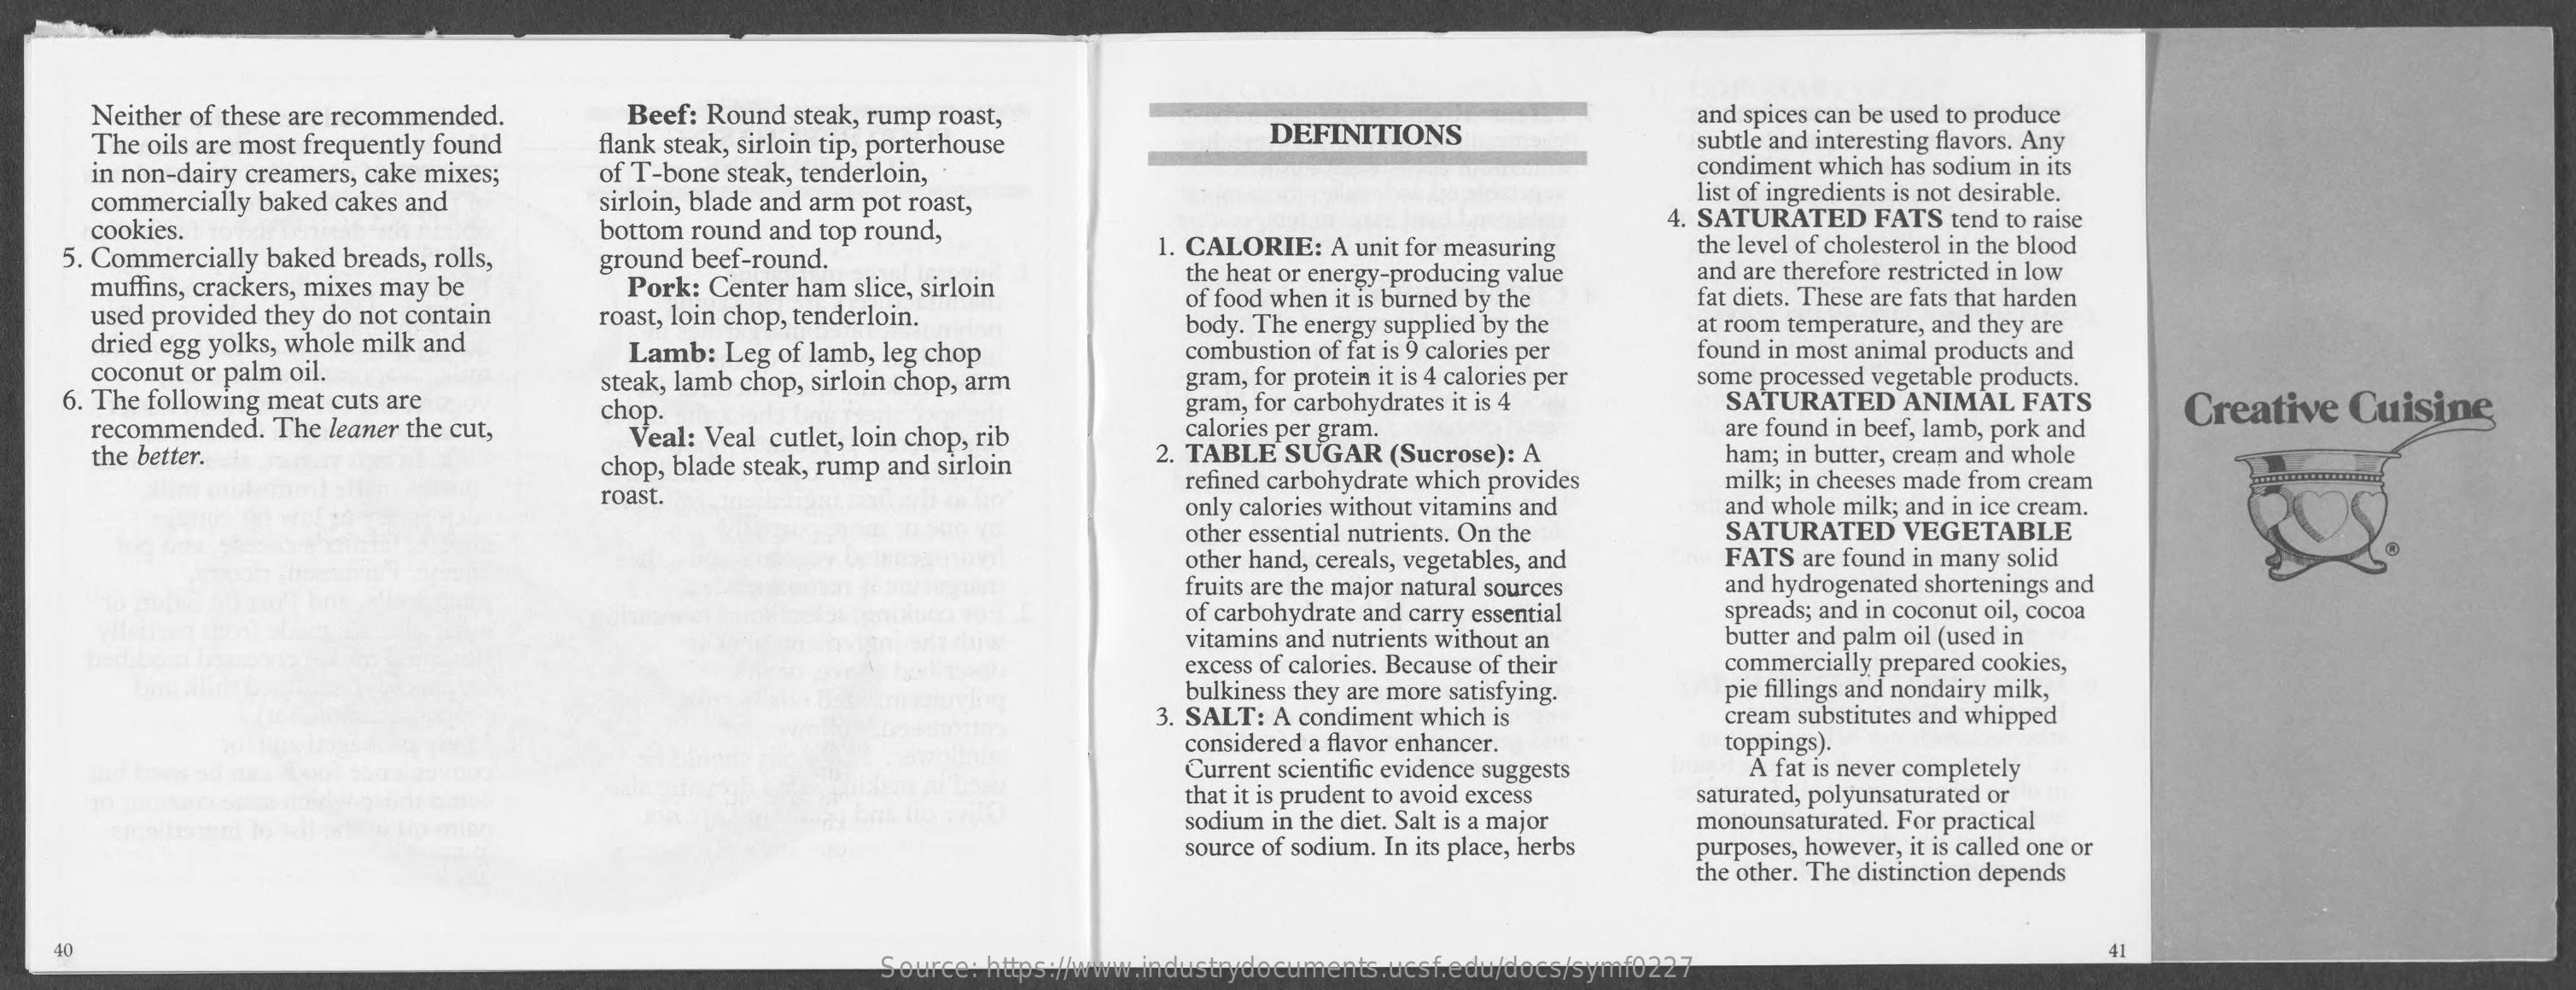
Neither of these are recommended. Beef: Round steak, rump roast,
     flank steak, sirloin tip, porterhouse DEFINITIONS
     and spices can be used to produce
    The oils are most frequently found    subtle and interesting flavors. Any
    in non-dairy creamers, cake mixes; of T-bone steak, tenderloin,    condiment which has sodium in its
    commercially baked cakes and sirloin, blade and arm pot roast,    list of ingredients is not desirable.
    cookies.
     4. SATURATED FATS tend to raise
   5. Commercially baked breads, rolls,
     bottom round and top round,
     ground beef-round.    1. CALORIE: A unit for measuring the level of cholesterol in the blood
    muffins, crackers, mixes may be
     the heat or energy-producing value
    used provided they do not contain
     Pork: Center ham slice, sirloin
     and are therefore restricted in low
    dried egg yolks, whole milk and
     roast, loin chop, tenderloin.
     of food when it is burned by the fat diets. These are fats that harden
     Lamb: Leg of lamb, leg chop
     body. The energy supplied by the
     combustion of fat is 9 calories per
     at room temperature, and they are
    coconut or palm oil.
     found in most animal products and
   6. The following meat cuts are
     steak, lamb chop, sirloin chop, arm gram, for protein it is 4 calories per
     gram, for carbohydrates it is 4
     some processed vegetable products.
    recommended. The leaner the cut,
     chop.    SATURATED ANIMAL FATS Creative Cuisine
    the better.
     Veal: Veal cutlet, loin chop, rib calories per gram.
     chop, blade steak, rump and sirloin
     2. TABLE SUGAR (Sucrose): A
     are found in beef, lamb, pork and
     roast.
     refined carbohydrate which provides
     ham; in butter, cream and whole
     milk; in cheeses made from cream
     only calories without vitamins and and whole milk; and in ice cream.
     other essential nutrients. On the SATURATED VEGETABLE
     other hand, cereals, vegetables, and FATS are found in many solid
     fruits are the major natural sources and hydrogenated shortenings and
     of carbohydrate and carry essential spreads; and in coconut oil, cocoa
     vitamins and nutrients without an butter and palm oil (used in
     excess of calories. Because of their commercially prepared cookies,
     bulkiness they are more satisfying. pie fillings and nondairy milk,
     3. SALT: A condiment which is cream substitutes and whipped
     considered a flavor enhancer. toppings).
     Current scientific evidence suggests A fat is never completely
     that it is prudent to avoid excess
     sodium in the diet. Salt is a major
     saturated, polyunsaturated or
     source of sodium. In its place, herbs
     monounsaturated. For practical
     purposes, however, it is called one or
     the other. The distinction depends
   40
     Source: https://www.industrydocuments.ucsf.edu/docs/symf0227
     41